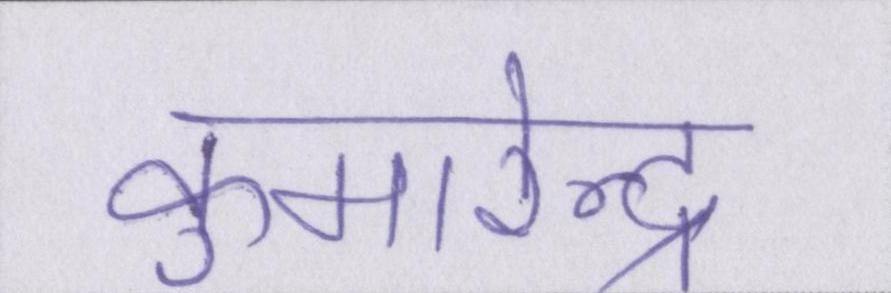
कुमारेन्द्र